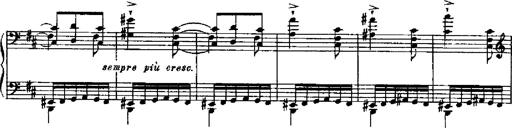
Title: RÃ©miniscences de Robert le diable
Composer: Franz Liszt